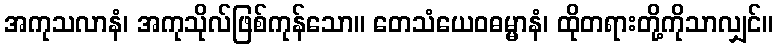
အကုသလာနံ၊ အကုသိုလ်ဖြစ်ကုန်သော။ တေသံယေဝဓမ္မာနံ၊ ထိုတရားတို့ကိုသာလျှင်။